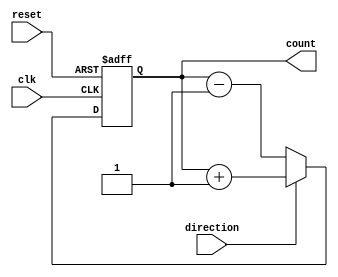
module Counter(
    input wire clk,
    input wire reset,
    input wire direction,
    output reg [7:0] count
);

always @(posedge clk or posedge reset) begin
    if (reset) begin
        count <= 8'b00000000;
    end else begin
        if (direction) begin
            count <= count + 1;
        end else begin
            count <= count - 1;
        end
    end
end

endmodule